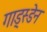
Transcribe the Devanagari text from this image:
गाड्स्डेन